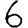
Digit: 6